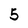
Character: 5